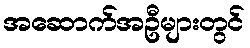
အဆောက်အဦများတွင်